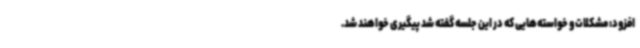
افزود: مشکلات و خواسته‌هایی که در این جلسه گفته شد پیگیری خواهند شد.